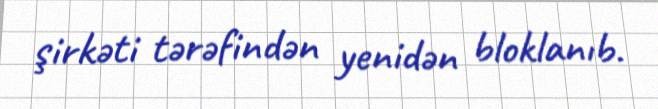
şirkəti tərəfindən yenidən bloklanıb.